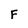
Character: F